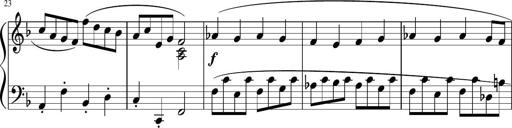
Title: 12 Keyboard Sonatinas
Composer: James Hook